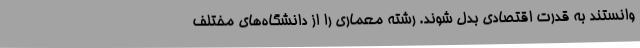
وانستند به قدرت اقتصادی بدل شوند. رشته معماری را از دانشگاه‌های مختلف